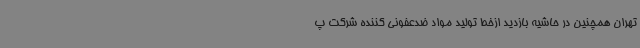
تهران همچنین در حاشیه بازدید ازخط تولید مواد ضدعفونی کننده شرکت پ